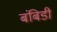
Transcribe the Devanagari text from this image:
बंबिडी